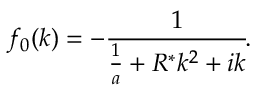
f _ { 0 } ( k ) = - \frac { 1 } { \frac { 1 } { a } + R ^ { * } k ^ { 2 } + i k } \! .